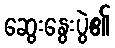
ဆွေးနွေးပွဲ၏